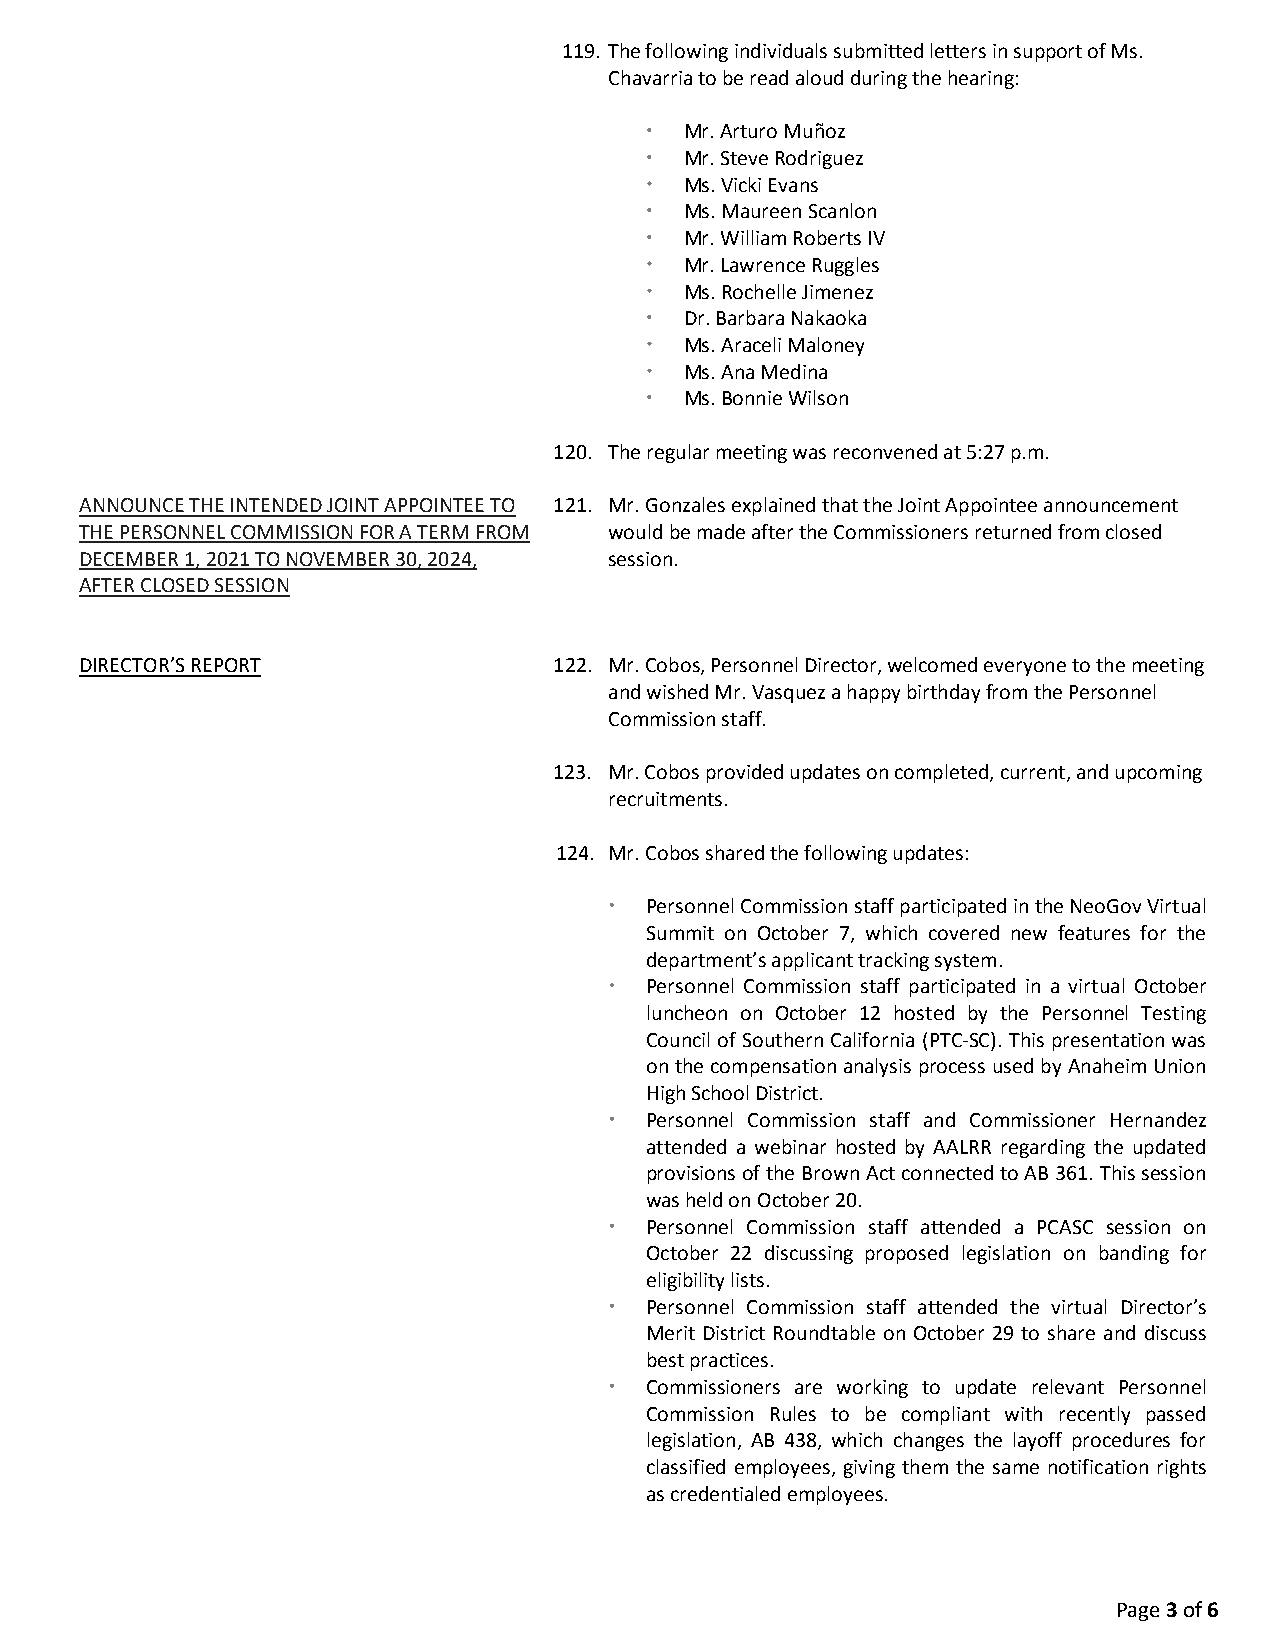
119. The following individuals submitted letters in support of Ms.
 Chavarria to be read aloud during the hearing:
  Mr. Arturo Muñoz
  Mr. Steve Rodriguez
  Ms. Vicki Evans
  Ms. Maureen Scanlon
  Mr. William Roberts IV
  Mr. Lawrence Ruggles
  Ms. Rochelle Jimenez
  Dr. Barbara Nakaoka
  Ms. Araceli Maloney
  Ms. Ana Medina
  Ms. Bonnie Wilson
 120. The regular meeting was reconvened at 5:27 p.m.
 ANNOUNCE THE INTENDED JOINT APPOINTEE TO 121. Mr. Gonzales explained that the Joint Appointee announcement
 THE PERSONNEL COMMISSION FOR A TERM FROM would be made after the Commissioners returned from closed
 DECEMBER 1, 2021 TO NOVEMBER 30, 2024, session.
 AFTER CLOSED SESSION
 DIRECTOR’S REPORT               122. Mr. Cobos, Personnel Director, welcomed everyone to the meeting
 and wished Mr. Vasquez a happy birthday from the Personnel
 Commission staff.
 123. Mr. Cobos provided updates on completed, current, and upcoming
 recruitments.
 124. Mr. Cobos shared the following updates:
   Personnel Commission staff participated in the NeoGov Virtual
 Summit on October 7, which covered new features for the
 department’s applicant tracking system.
   Personnel Commission staff participated in a virtual October
 luncheon on October 12 hosted by the Personnel Testing
 Council of Southern California (PTC-SC). This presentation was
 on the compensation analysis process used by Anaheim Union
 High School District.
   Personnel Commission staff and Commissioner Hernandez
 attended a webinar hosted by AALRR regarding the updated
 provisions of the Brown Act connected to AB 361. This session
 was held on October 20.
   Personnel Commission staff attended a PCASC session on
 October 22 discussing proposed legislation on banding for
 eligibility lists.
   Personnel Commission staff attended the virtual Director’s
 Merit District Roundtable on October 29 to share and discuss
 best practices.
   Commissioners are working to update relevant Personnel
 Commission Rules to be compliant with recently passed
 legislation, AB 438, which changes the layoff procedures for
 classified employees, giving them the same notification rights
 as credentialed employees.
 Page 3 of 6